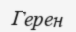
Герен